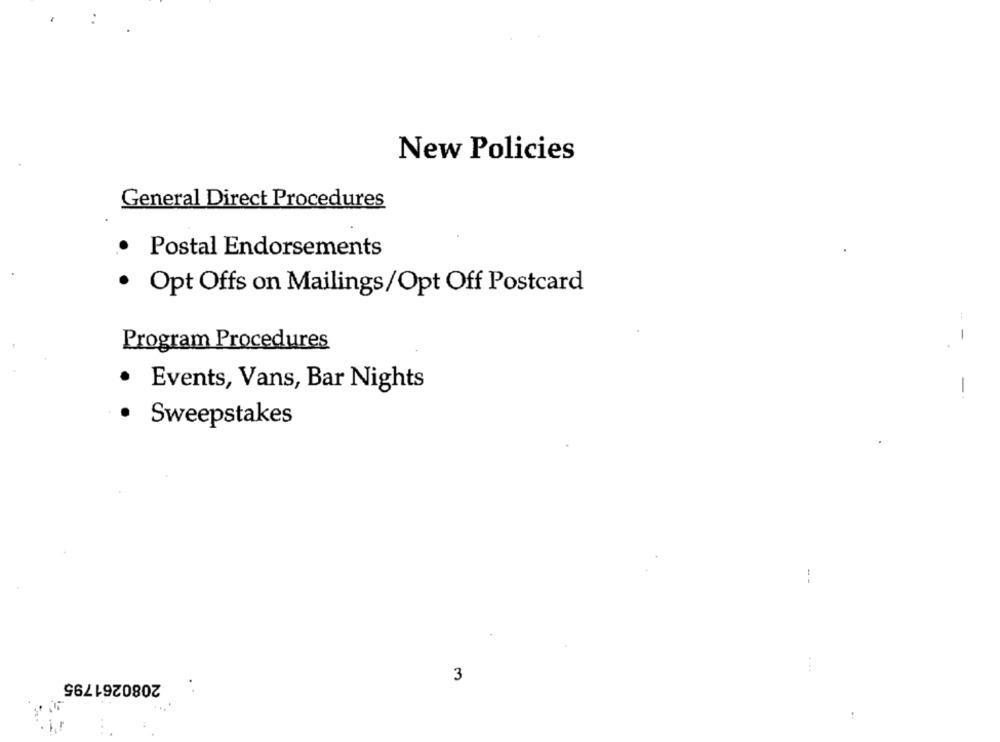
New Policies
General Direct Procedures
Postal Endorsements
· Opt Offs on Mailings/Opt Off Postcard
:
1
Program Procedures
.
Events, Vans, Bar Nights
-
.
Sweepstakes
2080261795
...
3